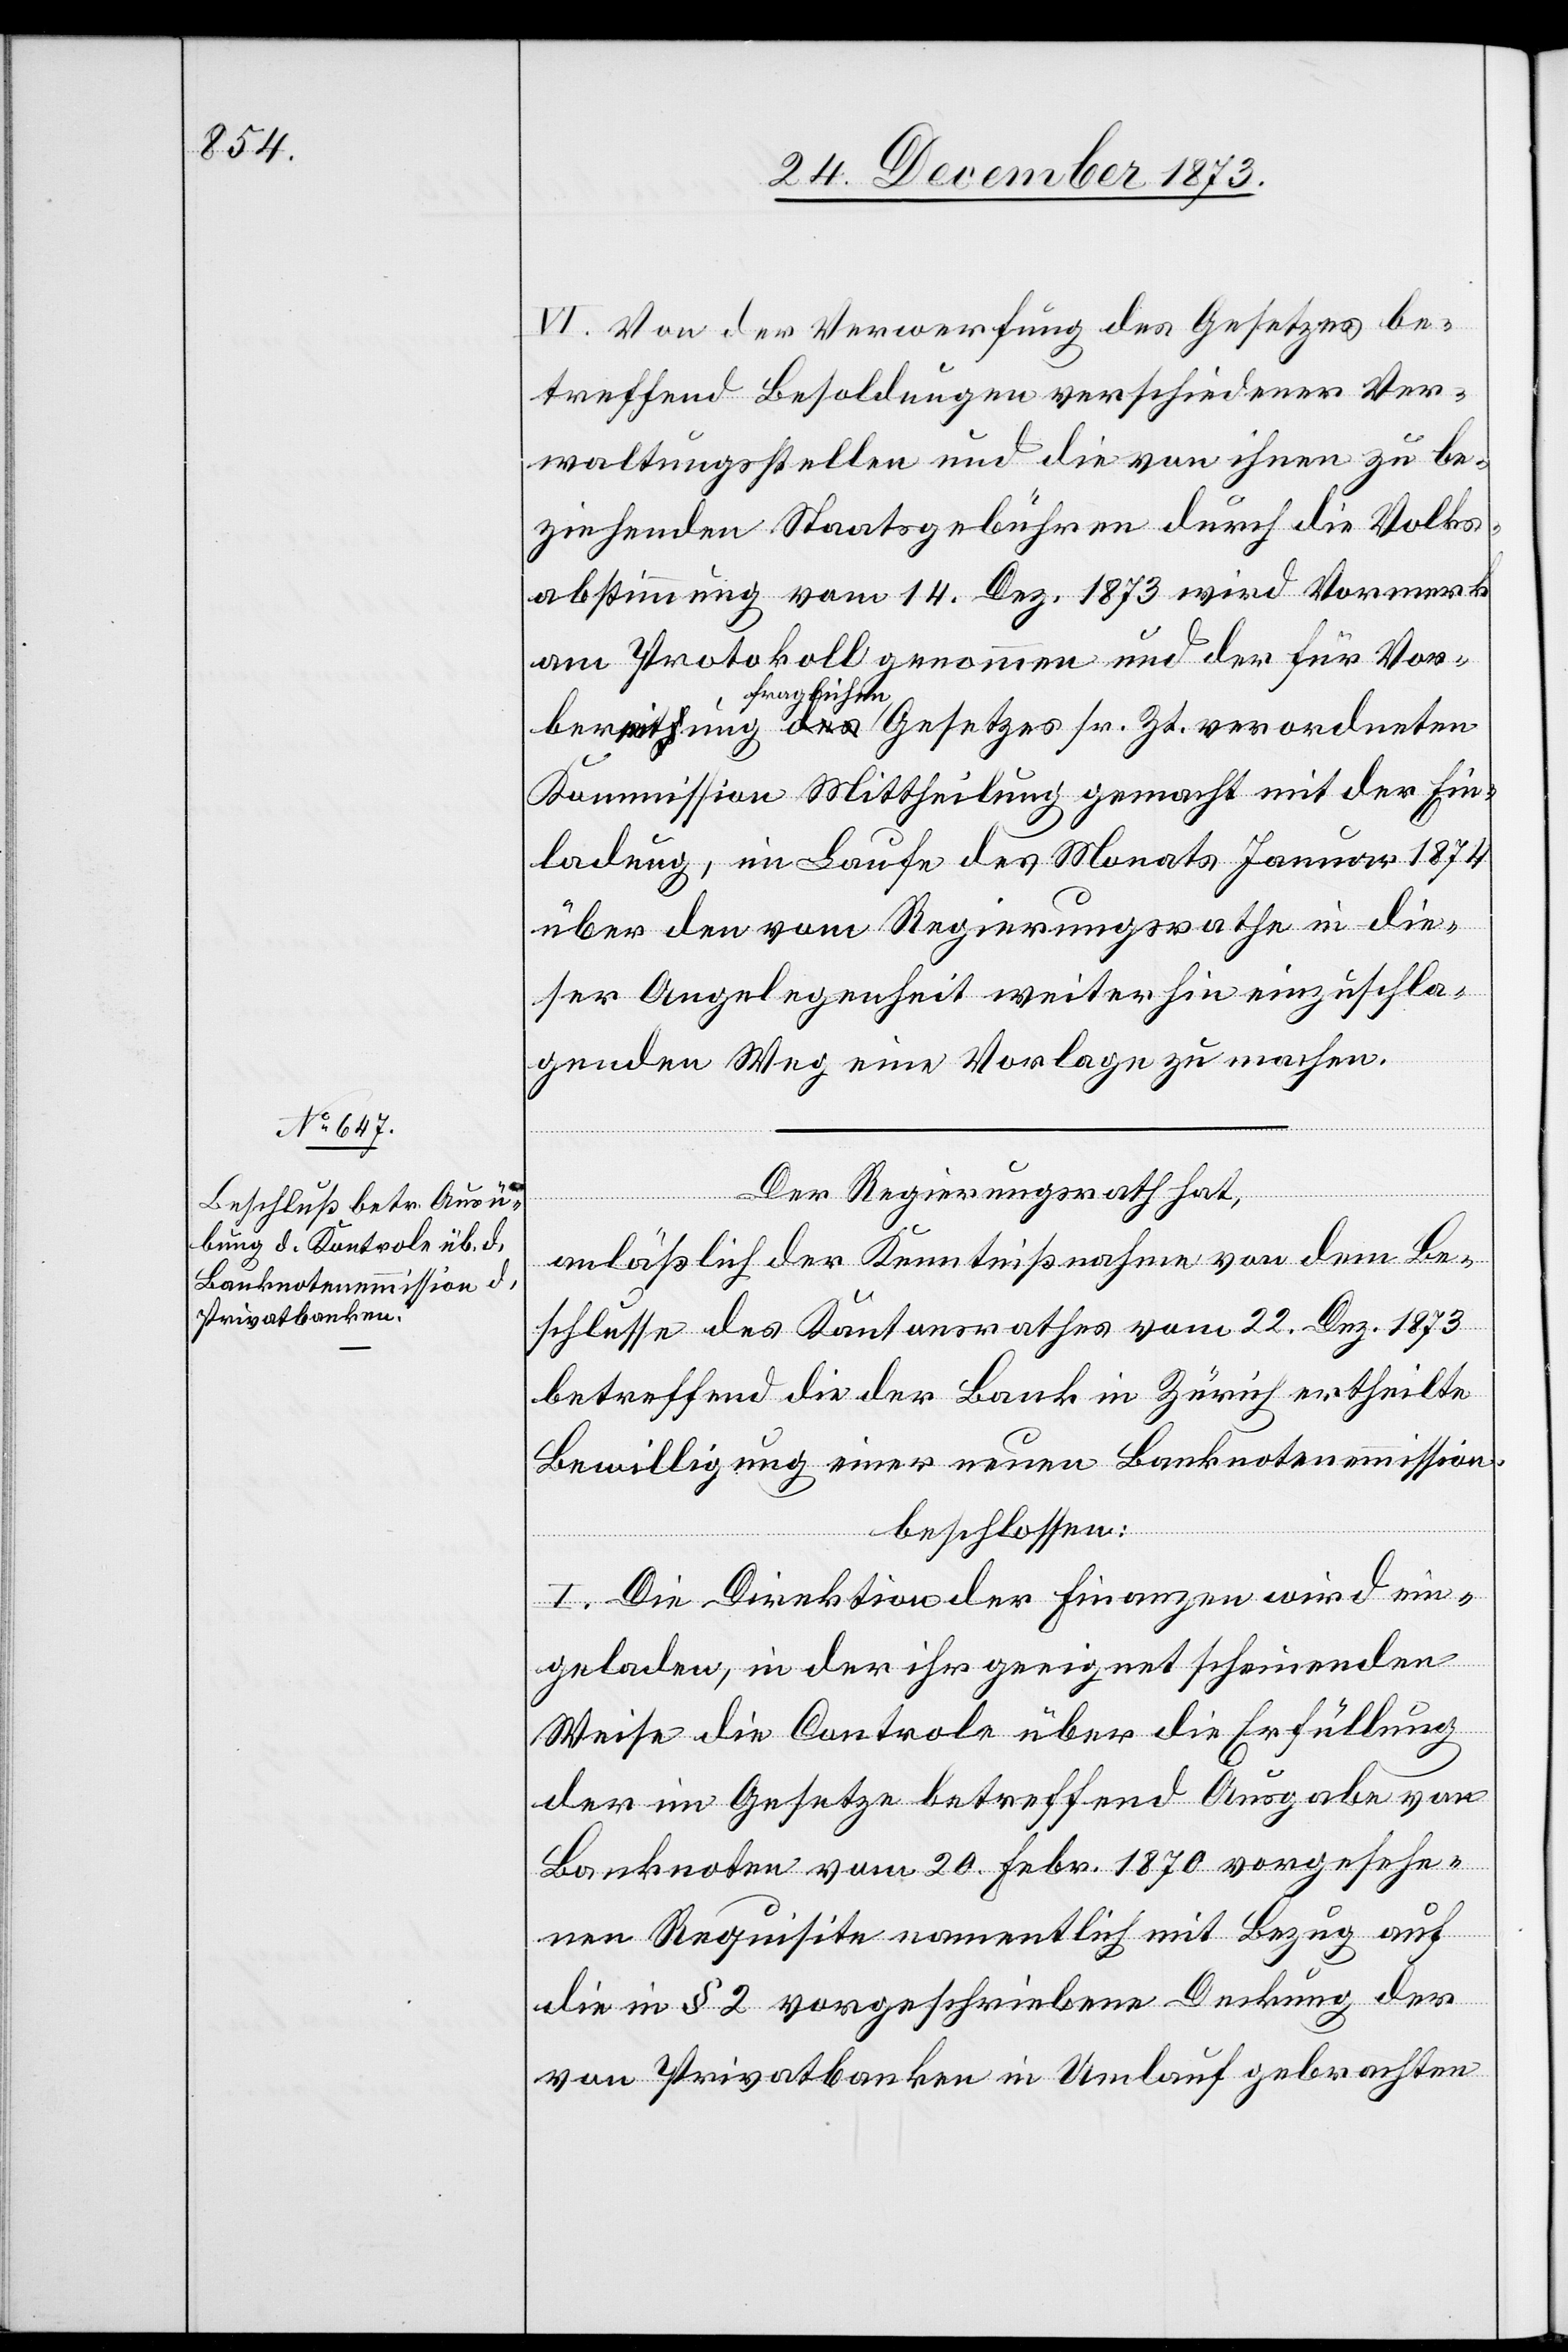
VI. Von der Verwerfung des Gesetzes be¬
treffend Besoldungen verschiedener Ver¬
waltungsstellen und die von ihnen zu be¬
ziehenden Staatsgebühren durch die Volks¬
abstimmung vom 14. Dez. 1873 wird Vormerk
am Protokoll genommen und der für Vor¬
bereitung fraglichen Gesetzes sr. Zt. verordneten
Kommission Mittheilung gemacht mit der Ein¬
ladung, im Laufe des Monats Januar 1874
über den vom Regierungsrathe in die¬
ser Angelegenheit weiterhin einzuschla¬
genden Weg eine Vorlage zu machen.
Der Regierungsrath hat,
anläßlich der Kenntnißnahme von dem Be¬
schlusse des Kantonsrathes vom 22. Dez. 1873
betreffend die der Bank in Zürich ertheilte
Bewilligung einer neuen Banknotenemmission,
beschlossen:
I. Die Direktion der Finanzen wird ein¬
geladen, in der ihr geeignet scheinenden
Weise die Controle über die Erfüllung
der im Gesetze betreffend Ausgabe von
Banknoten vom 20. Febr. 1870 vorgesehe¬
nen Requisite namentlich mit Bezug auf
die in § 2 vorgeschriebene Deckung der
von Privatbanken in Umlauf gebrachten